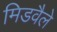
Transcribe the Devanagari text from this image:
मिडवैले